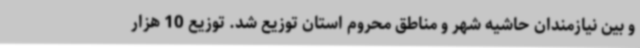
و بین نیازمندان حاشیه شهر و مناطق محروم استان توزیع شد. توزیع 10 هزار